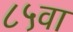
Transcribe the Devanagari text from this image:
८५वा